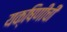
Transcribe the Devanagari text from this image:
यक्षिणींची